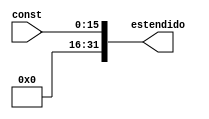
module ExtensorDeImediato(input [15:0] const, output reg [31:0] estendido);

always @(*)
begin
	estendido = {{16{1'b0}}, const};
end
endmodule